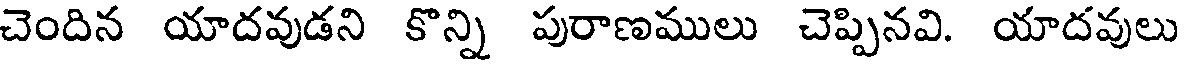
చెందిన యాదవుడని కొన్ని పురాణములు చెప్పినవి. యాదవులు